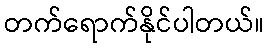
တက်ရောက်နိုင်ပါတယ်။